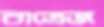
বাত্রেজ